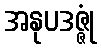
အနုပဒဇ္ဇုံ